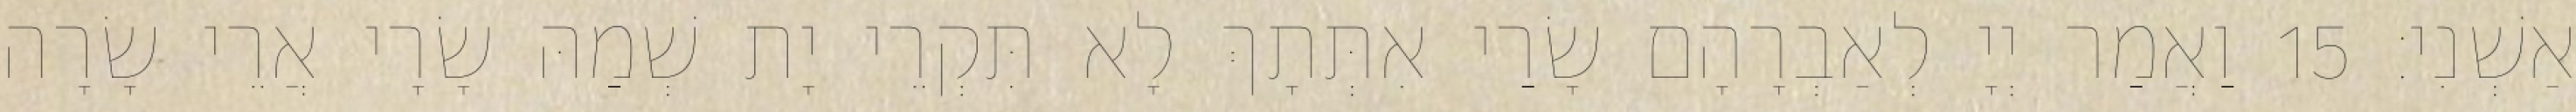
אַשְׁנִי׃ 15 וַאֲמַר יְיָ לְאַבְרָהָם שָׂרַי אִתְּתָךְ לָא תִּקְרֵי יָת שְׁמַהּ שָׂרָי אֲרֵי שָׂרָה